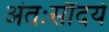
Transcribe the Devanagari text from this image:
अंतःसौंदर्य